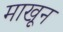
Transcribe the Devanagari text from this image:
माखून